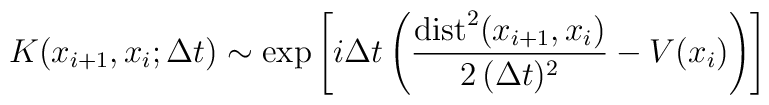
K ( x_{i+1}, x_i; \Delta t ) 	\sim	\exp 	\left[ i \Delta t		\left(		\frac{ \mbox{dist}^2 ( x_{i+1}, x_i ) }{ 2 \, (\Delta t)^2 }		- V ( x_i )		\right)	\right]